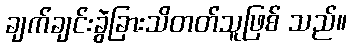
ချက်ချင်းခွဲခြားသိတတ်သူဖြစ် သည်။